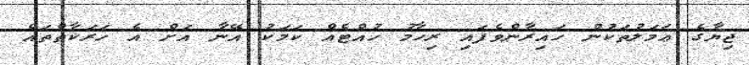
ޖިޔާގެ ޢަމަލުތަކުން ހައިރާންވެފައި ރިހާމު ހުއްޓެއް ކަމަކު އޭނާ އަށް އެ ހަރަކާތްތައް